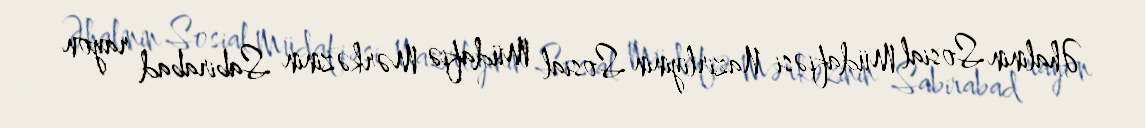
Əhalinin Sosial Müdafiəsi Nazirliyinin Sosial Müdafiə Mərkəzinin Sabirabad rayon